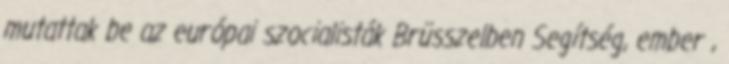
mutattak be az európai szocialisták Brüsszelben Segítség, ember ,